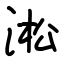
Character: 淞